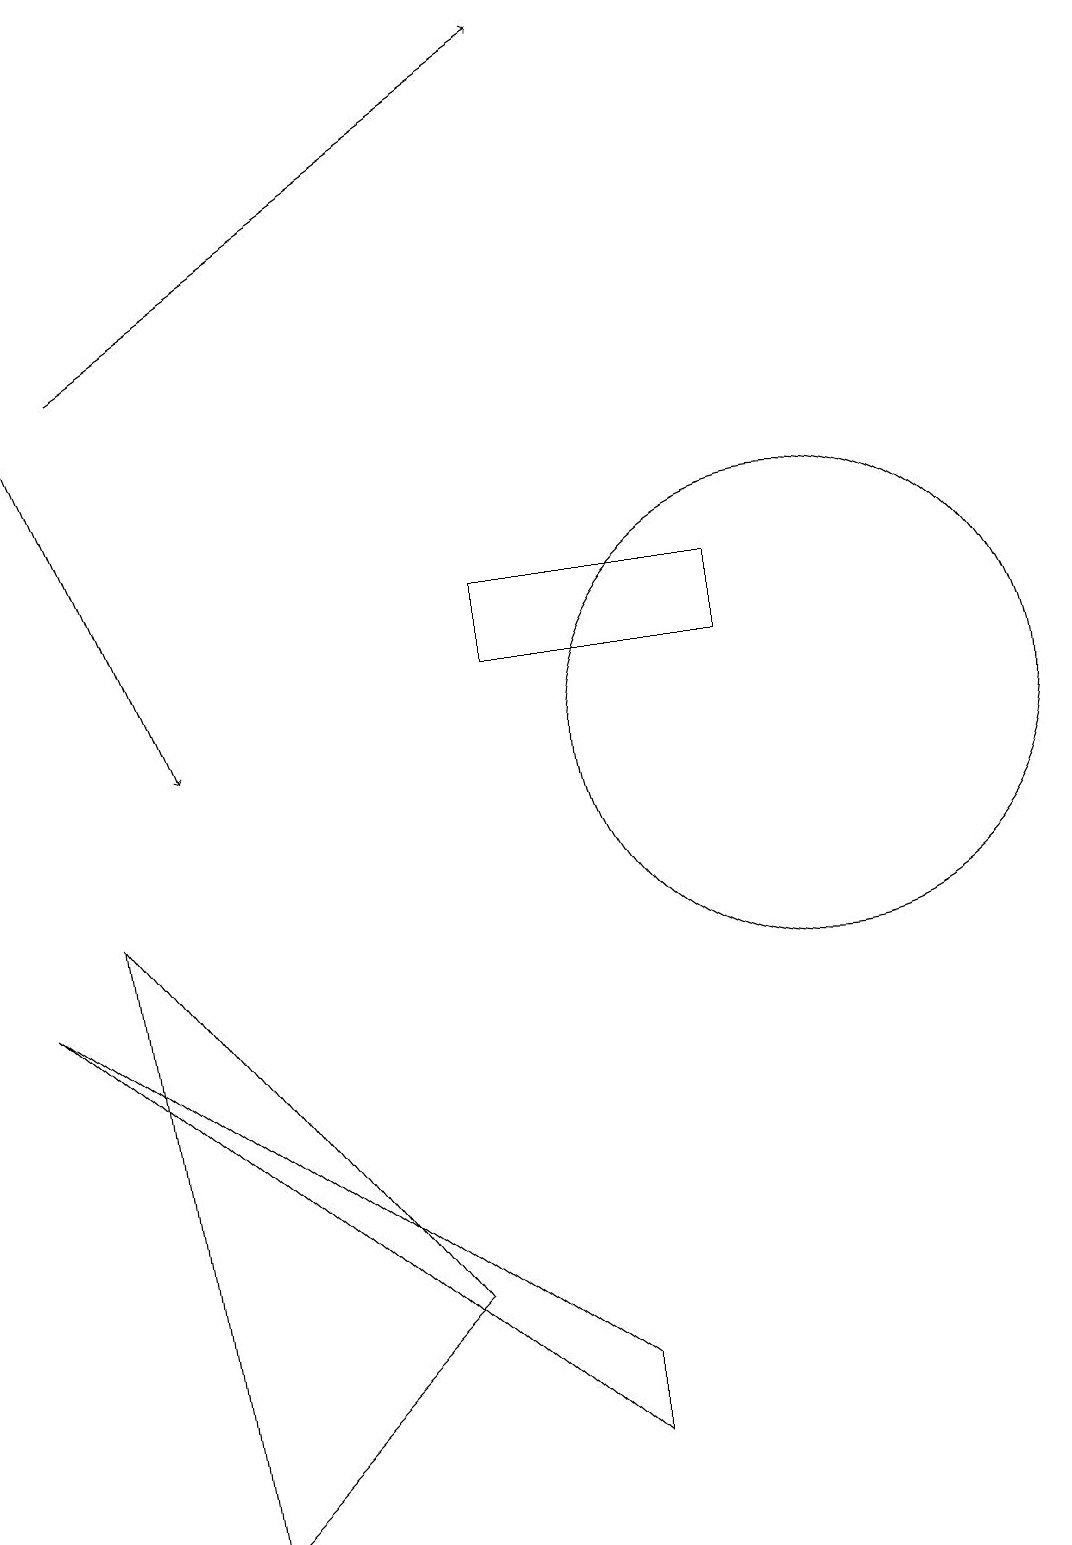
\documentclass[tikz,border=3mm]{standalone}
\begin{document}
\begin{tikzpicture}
\draw[->] (1,15) -- (7,19);
\draw (10,10) circle (3);
\draw[->] (0,15) -- (2,10);
\draw (5,3) -- (2,0) -- (1,8) -- cycle;
\draw (7,1) -- (0,7) -- (7,2) -- cycle;
\draw (6,12) rectangle (9,11);
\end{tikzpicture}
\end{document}